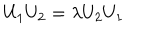
U _ { 1 } U _ { 2 } = \lambda U _ { 2 } U _ { 1 }